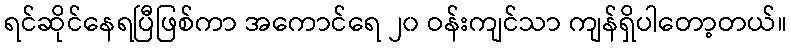
ရင်ဆိုင်နေရပြီဖြစ်ကာ အကောင်ရေ ၂၀ ဝန်းကျင်သာ ကျန်ရှိပါတော့တယ်။